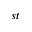
s t